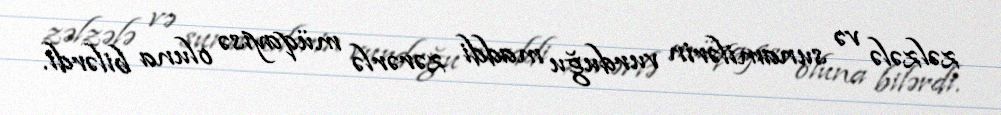
zəlzələ və sunamilərin vurduğu maddi zərərlə müqayisə oluna bilərdi.